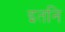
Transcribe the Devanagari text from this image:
इतनि